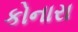
કોનારા